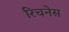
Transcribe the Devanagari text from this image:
रिचनेस